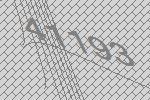
41193